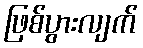
ဖြစ်ပွားလျက်